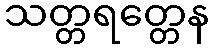
သတ္တရတ္တေန